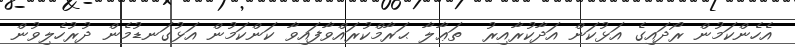
އެހެންކަމުން ރޯދައިގެ އަޅުކަން އަދާކުރާއިރު  ތަޢާލާ ޙަރާމްކުރައްވާފައިވާ ކަންކަމުން އަޅުގަނޑުމެން ދުރުހެލިވުން